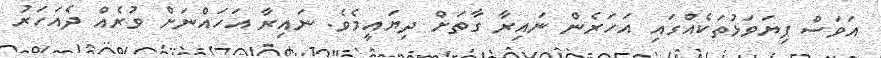
އަވަސް ފިޔަވަޅުތަކެއްގައި އަހަރެން ނައިރާ ގާތަށް ދިޔައީމެވެ. ނަައިރާ އަހައްނަށް ވުރެއް ދެއަހަރު